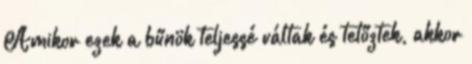
Amikor ezek a bűnök teljessé váltak és tetőztek, akkor